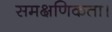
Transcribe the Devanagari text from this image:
समक्षणिकता।